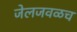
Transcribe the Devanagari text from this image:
जेलजवळच